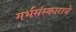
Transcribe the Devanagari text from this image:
गर्भसंस्काराचे